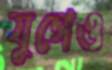
যুগেও